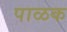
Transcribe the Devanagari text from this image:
पाळक